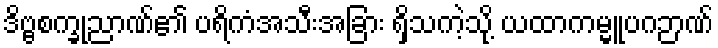
ဒိဗ္ဗစက္ခုညာဏ်၏ ပရိကံအသီးအခြား ရှိသကဲ့သို့ ယထာကမ္မူပဂဉာဏ်